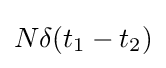
N\delta (t_{1}-t_{2})